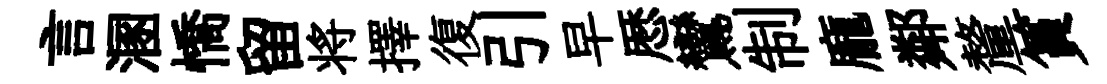
言溷憍留将擇復引早厯鸞制龐鄰釐篔